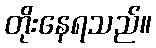
တိုးနေရသည်။